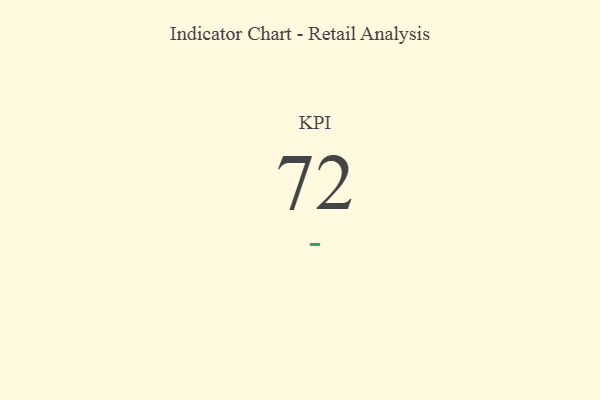
{"axis": {"x": "KPI", "y": "Value"}, "legend": [""], "data": [{"x": "KPI", "y": 72, "type": ""}]}